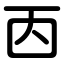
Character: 㐁